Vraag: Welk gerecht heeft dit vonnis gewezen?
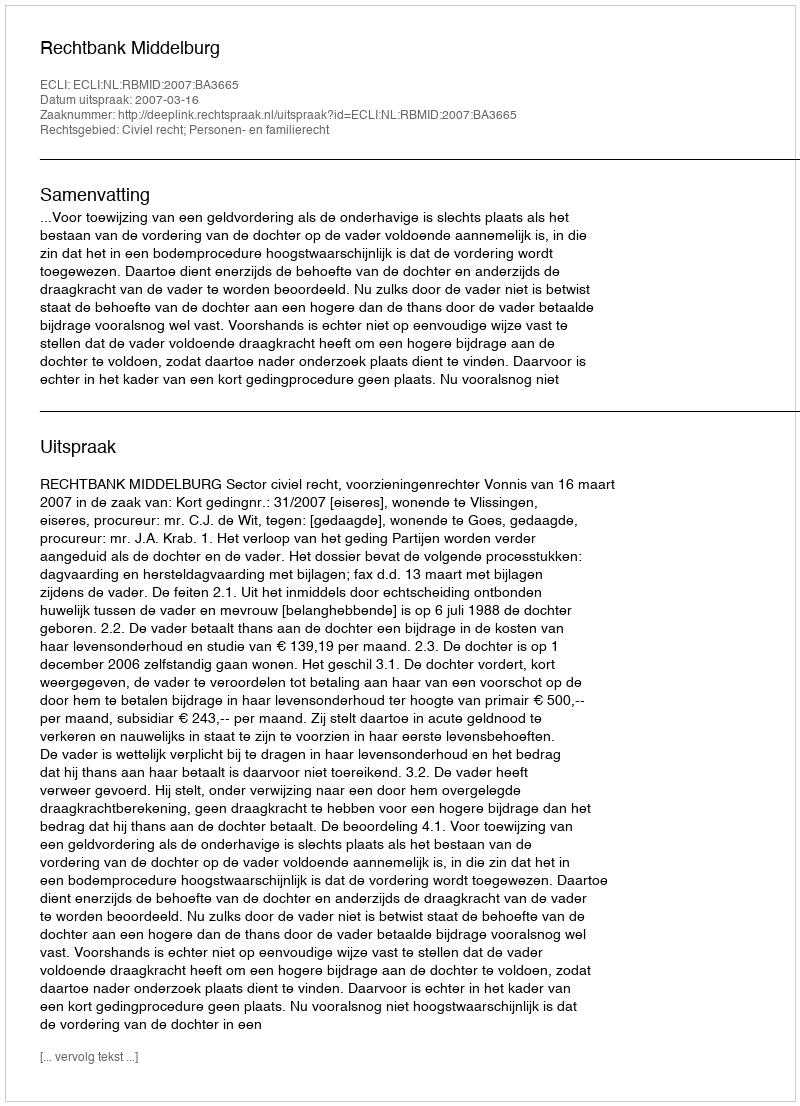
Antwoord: Rechtbank Middelburg